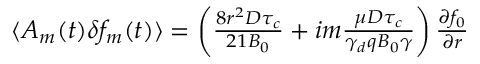
\begin{array} { r } { \langle A _ { m } ( t ) \delta f _ { m } ( t ) \rangle = \left( \frac { 8 r ^ { 2 } D \tau _ { c } } { 2 1 B _ { 0 } } + i m \frac { \mu D \tau _ { c } } { \gamma _ { d } q B _ { 0 } \gamma } \right) \frac { \partial f _ { 0 } } { \partial r } } \end{array}